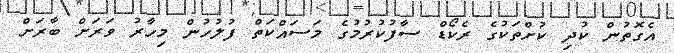
އެގޮތުން ކުދި ކުށްތަކުގެ ރެކޯޑް ސާފުކުރުމުގެ މަސައްކަތް ފުލުހުން މިހާރު ވަރަށް ބާރަށް